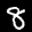
Label: 8